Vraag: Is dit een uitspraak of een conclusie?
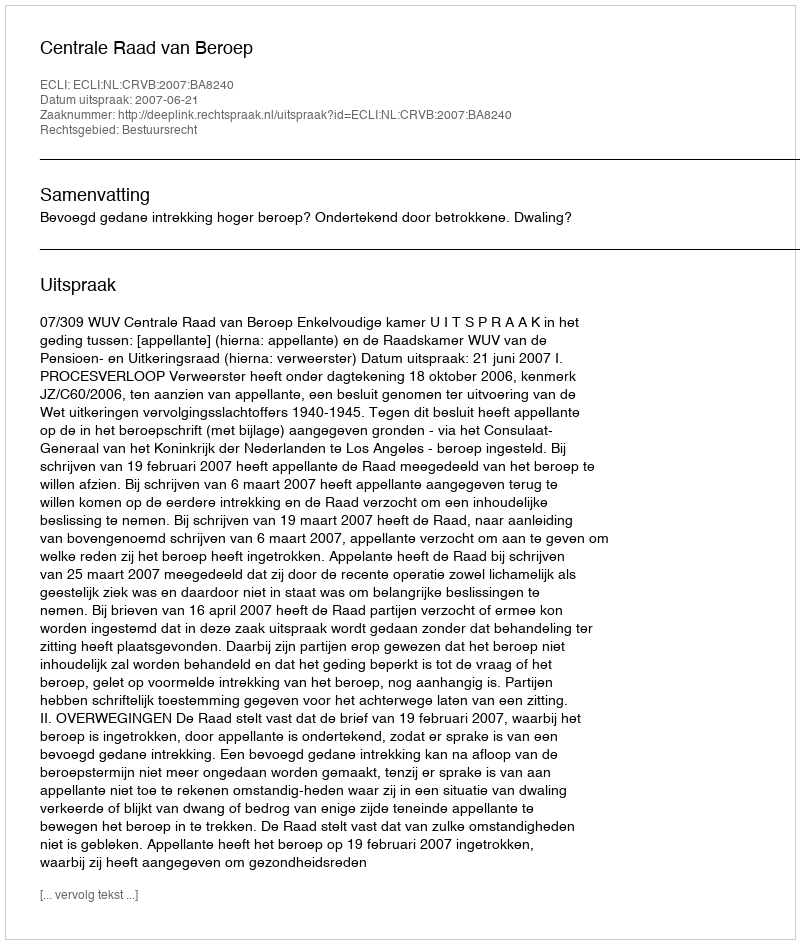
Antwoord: Uitspraak